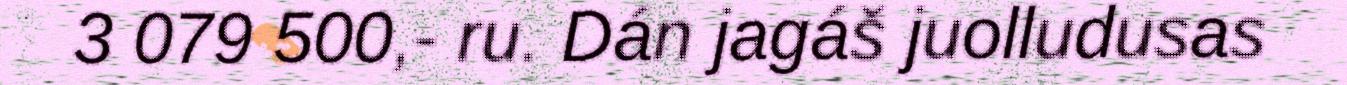
3 079 500,- ru. Dán jagáš juolludusas